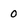
Character: 0